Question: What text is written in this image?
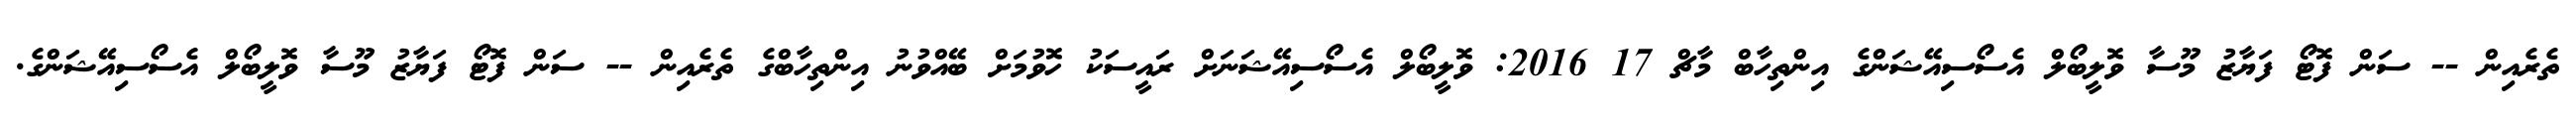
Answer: ތެރެއިން -- ސަން ފޮޓޯ ފަޔާޒު މޫސާ ވޮލީބޯލް އެސޯސިއޭޝަންގެ އިންތިހާބް މާޗް 17 2016: ވޮލީބޯލް އެސޯސިއޭޝަނަށް ރައީސަކު ހޮވުމަށް ބޭއްވުނު އިންތިހާބްގެ ތެރެއިން -- ސަން ފޮޓޯ ފަޔާޒު މޫސާ ވޮލީބޯލް އެސޯސިއޭޝަންގެ.